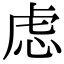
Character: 虑